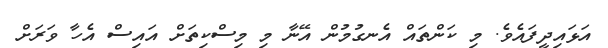
އަޅައިދީފައެވެ. މި ކަންތައް އެނގުމުން އޭނާ މި މިސްކިތަށް އައިސް އެހާ ވަރަށް